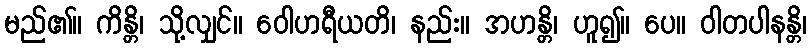
မည်၏။ ကိန္တိ၊ သို့လျှင်။ ဝေါဟရီယတိ၊ နည်း။ အဟန္တိ၊ ဟူ၍။ ပေ။ ဝါတပါနန္တိ၊